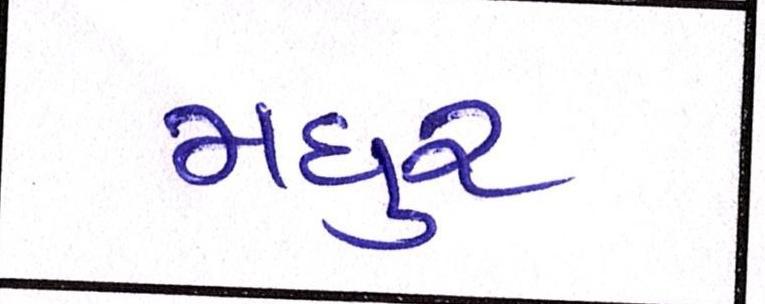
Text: મધુર